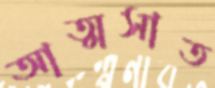
আত্মসাত